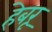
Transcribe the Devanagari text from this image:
हेबरू